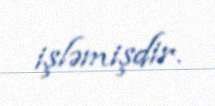
işləmişdir.